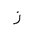
Letter: _zay